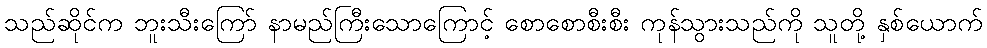
သည်ဆိုင်က ဘူးသီးကြော် နာမည်ကြီးသောကြောင့် စောစောစီးစီး ကုန်သွားသည်ကို သူတို့ နှစ်ယောက်